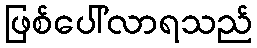
ဖြစ်ပေါ်လာရသည်